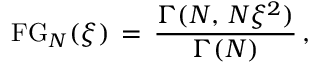
\begin{array} { l } { \displaystyle \mathrm { F G } _ { N } ( \xi ) \, = \, \frac { \Gamma ( N , \, N \xi ^ { 2 } ) } { \Gamma ( N ) } \, , } \end{array}